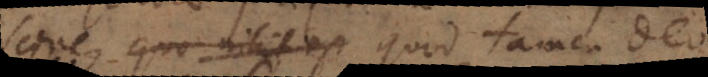
scire, quo nihil est quod tamen Deo